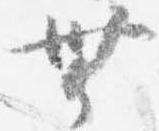
無